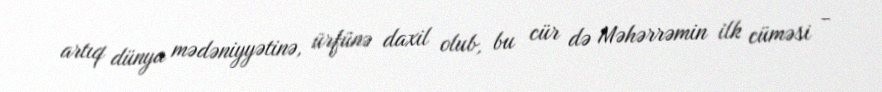
artıq dünya mədəniyyətinə, ürfünə daxil olub, bu cür də Məhərrəmin ilk cüməsi -